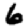
Digit: 6